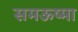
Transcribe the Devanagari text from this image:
समऊष्मा